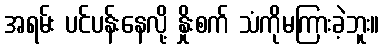
အရမ်း ပင်ပန်းနေလို့ နှိုးစက် သံကိုမကြားခဲ့ဘူး။